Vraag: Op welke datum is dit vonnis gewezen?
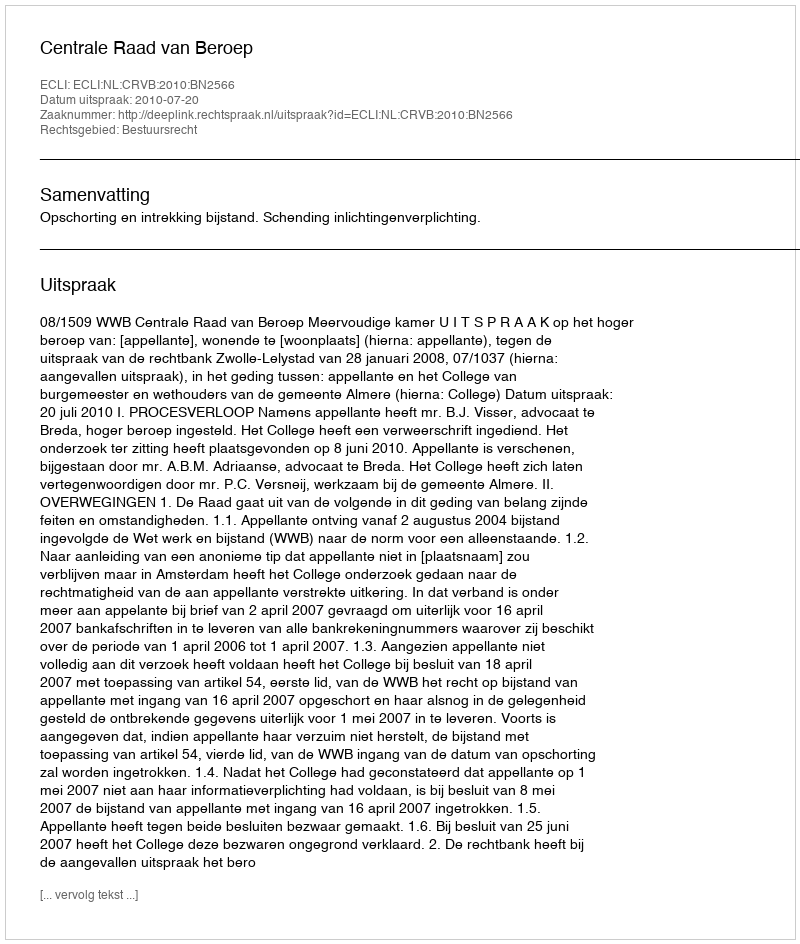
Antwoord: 2010-07-20